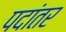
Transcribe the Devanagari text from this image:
पदांतर